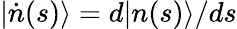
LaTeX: |\dot{n}(s)\rangle=d|n(s)\rangle/ds